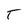
Character: T